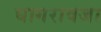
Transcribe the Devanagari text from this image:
घागरावजा